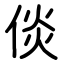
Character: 倓